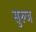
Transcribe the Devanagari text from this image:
सुरुज